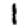
Digit: 1